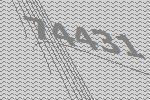
74431